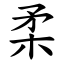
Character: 柔